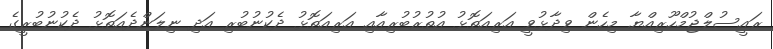
ރައީސުލްޖުމްހޫރިއްޔާ މިހެން ވިދާޅުވީ އަރިއަތޮޅު އުތުރުބުރިއާއި އަރިއަތޮޅު ދެކުނުބުރި އަދި ނިލަންދެއަތޮޅު ދެކުނުބުރީގެ